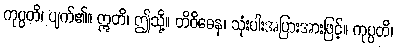
ကုပ္ပတိ၊ ပျက်၏။ ဣတိ၊ ဤသို့။ တိဝိဓေန၊ သုံးပါးအပြားအားဖြင့်။ ကုပ္ပတိ၊